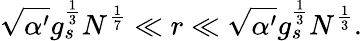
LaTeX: \sqrt{\alpha^{\prime}}g_{s}^{\frac{1}{3}}N^{\frac{1}{7}}\ll r\ll\sqrt{\alpha^{\prime}}g_{s}^{\frac{1}{3}}N^{\frac{1}{3}}.